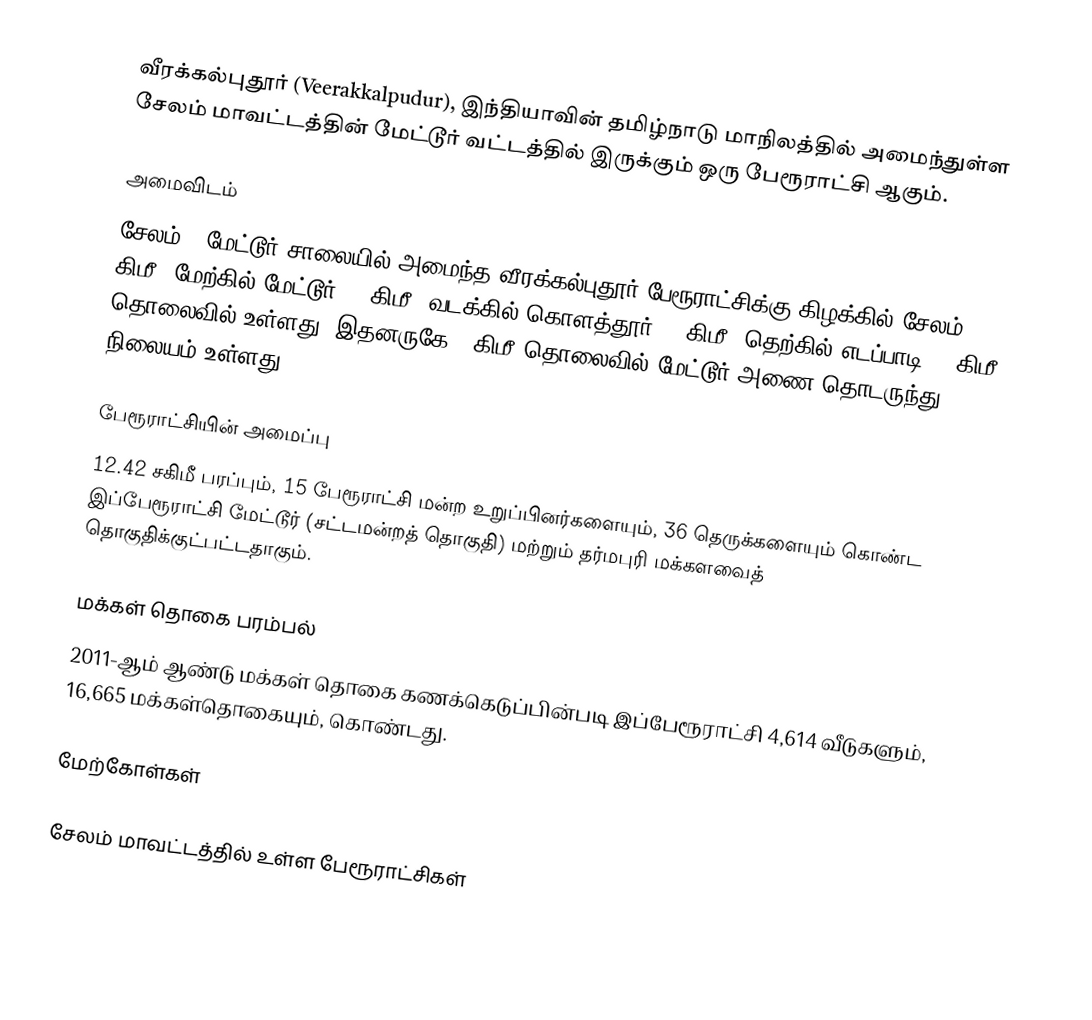
வீரக்கல்புதூர் (Veerakkalpudur), இந்தியாவின் தமிழ்நாடு மாநிலத்தில் அமைந்துள்ள சேலம் மாவட்டத்தின் மேட்டூர் வட்டத்தில் இருக்கும் ஒரு பேரூராட்சி ஆகும்.

அமைவிடம்
சேலம் - மேட்டூர் சாலையில் அமைந்த வீரக்கல்புதூர் பேரூராட்சிக்கு கிழக்கில் சேலம் 43 கிமீ; மேற்கில் மேட்டூர் 11 கிமீ; வடக்கில் கொளத்தூர் 22 கிமீ; தெற்கில் எடப்பாடி 22 கிமீ தொலைவில் உள்ளது. இதனருகே 5 கிமீ தொலைவில் மேட்டூர் அணை தொடருந்து நிலையம்  உள்ளது.

பேரூராட்சியின் அமைப்பு
12.42 சகிமீ பரப்பும்,  15  பேரூராட்சி மன்ற உறுப்பினர்களையும், 36 தெருக்களையும்  கொண்ட இப்பேரூராட்சி மேட்டூர் (சட்டமன்றத் தொகுதி) மற்றும் தர்மபுரி மக்களவைத் தொகுதிக்குட்பட்டதாகும்.

மக்கள் தொகை பரம்பல்
2011-ஆம் ஆண்டு மக்கள் தொகை கணக்கெடுப்பின்படி  இப்பேரூராட்சி  4,614  வீடுகளும், 16,665 மக்கள்தொகையும், கொண்டது.

மேற்கோள்கள்

சேலம் மாவட்டத்தில் உள்ள பேரூராட்சிகள்